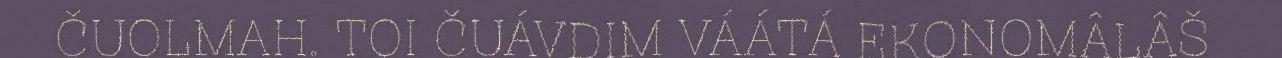
ČUOLMAH. TOI ČUÁVDIM VÁÁTÁ EKONOMÂLÂŠ